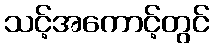
သင့်အကောင့်တွင်